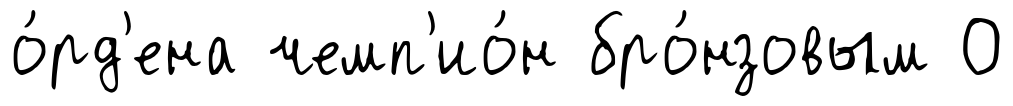
о́рд'ена чемп'ио́н бро́нзовым О